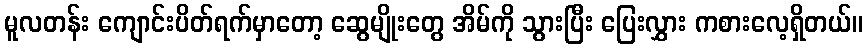
မူလတန်း ကျောင်းပိတ်ရက်မှာတော့ ဆွေမျိုးတွေ အိမ်ကို သွားပြီး ပြေးလွှား ကစားလေ့ရှိတယ်။